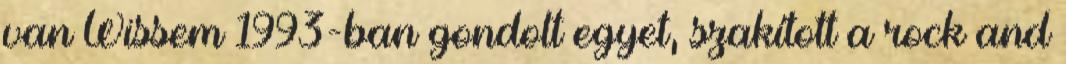
van Wissem 1993-ban gondolt egyet, szakított a rock and